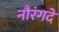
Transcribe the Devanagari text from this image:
नौरंगदे